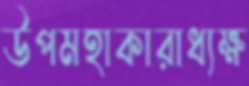
উপমহাকারাধ্যক্ষ